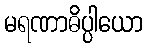
မရဏာဓိပ္ပါယော